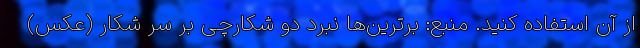
از آن استفاده کنید. منبع: برترین‌ها نبرد دو شکارچی بر سر شکار (عکس)